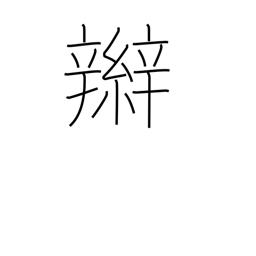
Meaning: braid